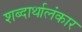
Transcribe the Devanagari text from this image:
शब्दार्थालंकार